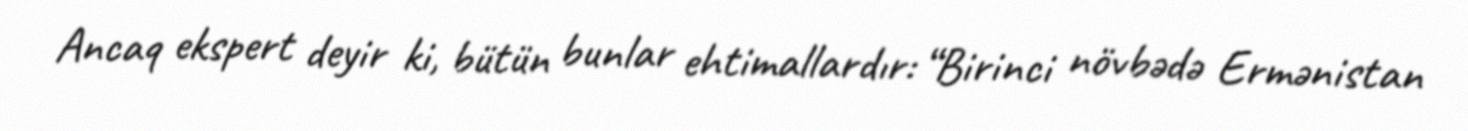
Ancaq ekspert deyir ki, bütün bunlar ehtimallardır: “Birinci növbədə Ermənistan